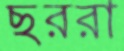
ছররা